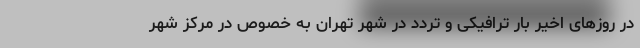
در روزهای اخیر بار ترافیکی و تردد در شهر تهران به خصوص در مرکز شهر